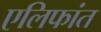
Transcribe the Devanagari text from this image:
एलिफांत